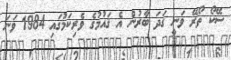
ސޭކޯ ތޯރޭ ވަނީ ގަދަ ބާރުން އެ ޤައުމުގެ ވެރިކަމުގައި 1984 ވަނަ